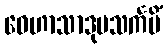
ဝေဟာသာဒုပသင်္ကမိံ